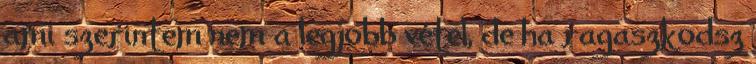
ami szerintem nem a legjobb vétel, de ha ragaszkodsz